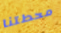
محطتنا